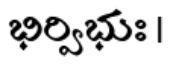
భిర్విభుః ।